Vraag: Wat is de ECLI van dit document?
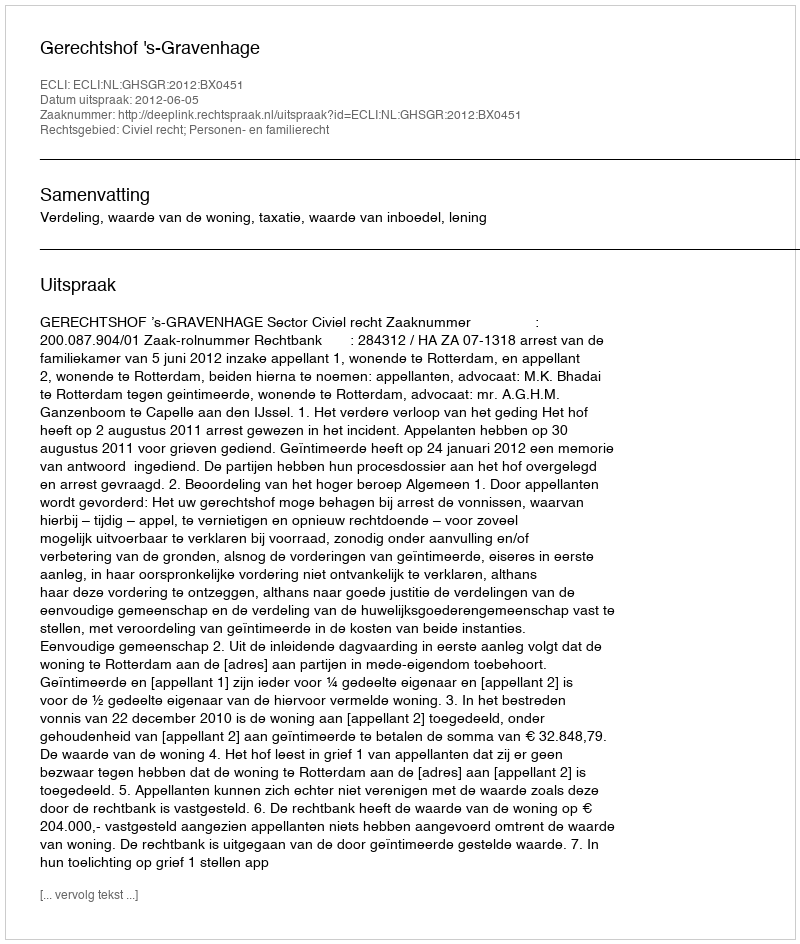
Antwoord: ECLI:NL:GHSGR:2012:BX0451